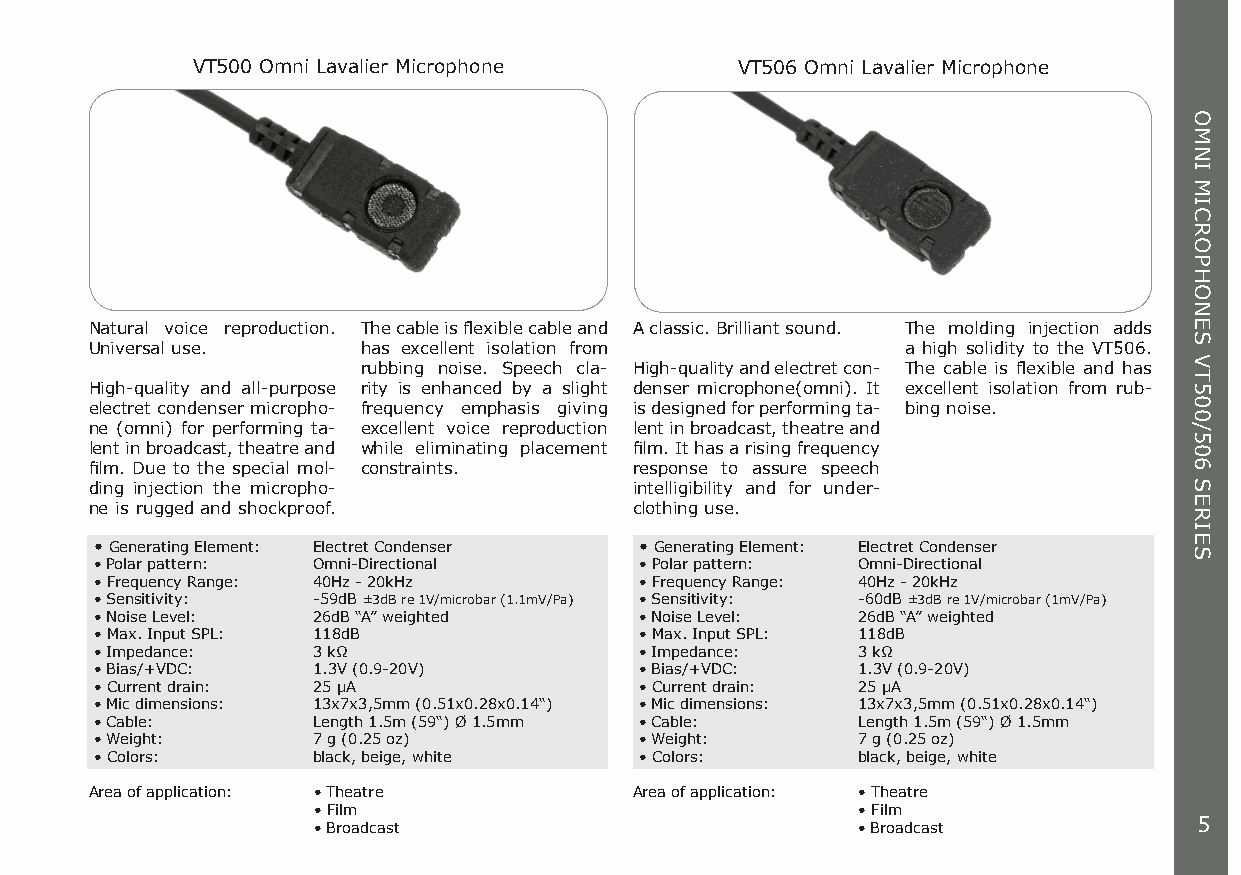
VT500 Omni Lavalier Microphone      VT506 Omni Lavalier Microphone
 Natural voice reproduction. The cable is flexible cable and A classic. Brilliant sound. The molding injection adds
 Universal use.    has excellent isolation from        a high solidity to the VT506.
 rubbing noise. Speech cla- High-quality and electret con- The cable is flexible and has
 High-quality and all-purpose rity is enhanced by a slight denser microphone(omni). It excellent isolation from rub-
 electret condenser micropho- frequency emphasis giving is designed for performing ta- bing noise.
 ne (omni) for performing ta- excellent voice reproduction lent in broadcast, theatre and
 lent in broadcast, theatre and while eliminating placement film. It has a rising frequency
 film. Due to the special mol- constraints. response to assure speech
 ding injection the micropho-        intelligibility and for under-
 ne is rugged and shockproof.        clothing use.
 • Generating Element: Electret Condenser • Generating Element: Electret Condenser
 • Polar pattern: Omni-Directional   • Polar pattern: Omni-Directional
 • Frequency Range: 40Hz - 20kHz     • Frequency Range: 40Hz - 20kHz
 • Sensitivity: -59dB ±3dB re 1V/microbar (1.1mV/Pa) • Sensitivity: -60dB ±3dB re 1V/microbar (1mV/Pa)
 • Noise Level: 26dB “A” weighted    • Noise Level: 26dB “A” weighted
 • Max. Input SPL: 118dB             • Max. Input SPL: 118dB
 • Impedance:   3 kΩ                 • Impedance:   3 kΩ
 • Bias/+VDC:   1.3V (0.9-20V)       • Bias/+VDC:   1.3V (0.9-20V)
 • Current drain: 25 μA              • Current drain: 25 μA
 • Mic dimensions: 13x7x3,5mm (0.51x0.28x0.14“) • Mic dimensions: 13x7x3,5mm (0.51x0.28x0.14“)
 • Cable:       Length 1.5m (59“) Ø 1.5mm • Cable:  Length 1.5m (59“) Ø 1.5mm
 • Weight:      7 g (0.25 oz)        • Weight:      7 g (0.25 oz)
 • Colors:      black, beige, white  • Colors:      black, beige, white
 Area of application: • Theatre      Area of application: • Theatre
 • Film                              • Film
 • Broadcast                         • Broadcast           5
 OMNI
 MICROPHONES
 VT500/506
 SERIES